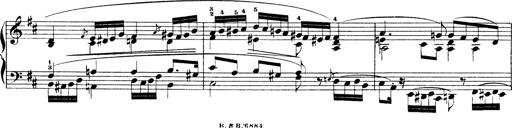
Title: Illustrations de l'opÃ©ra L'Africaine
Composer: Franz Liszt